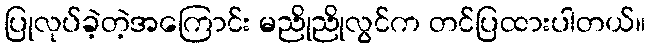
ပြုလုပ်ခဲ့တဲ့အကြောင်း မညိုညိုလွင်က တင်ပြထားပါတယ်။